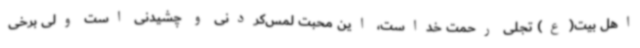
اهل بیت(ع) تجلی رحمت خداست، این محبت لمس‌کردنی و چشیدنی است ولی برخی